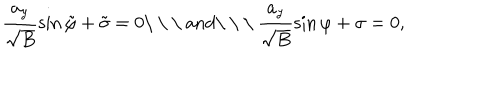
LaTeX: \frac { a _ { y } } { \sqrt B } \sin \tilde { \varphi } + \tilde { \sigma } = 0 \mathrm { \ \ \ a n d \ \ \ } \frac { a _ { y } } { \sqrt B } \sin \varphi + \sigma = 0 ,